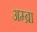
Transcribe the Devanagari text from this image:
अम्ब्रा